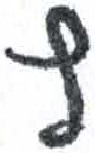
אות: ץ